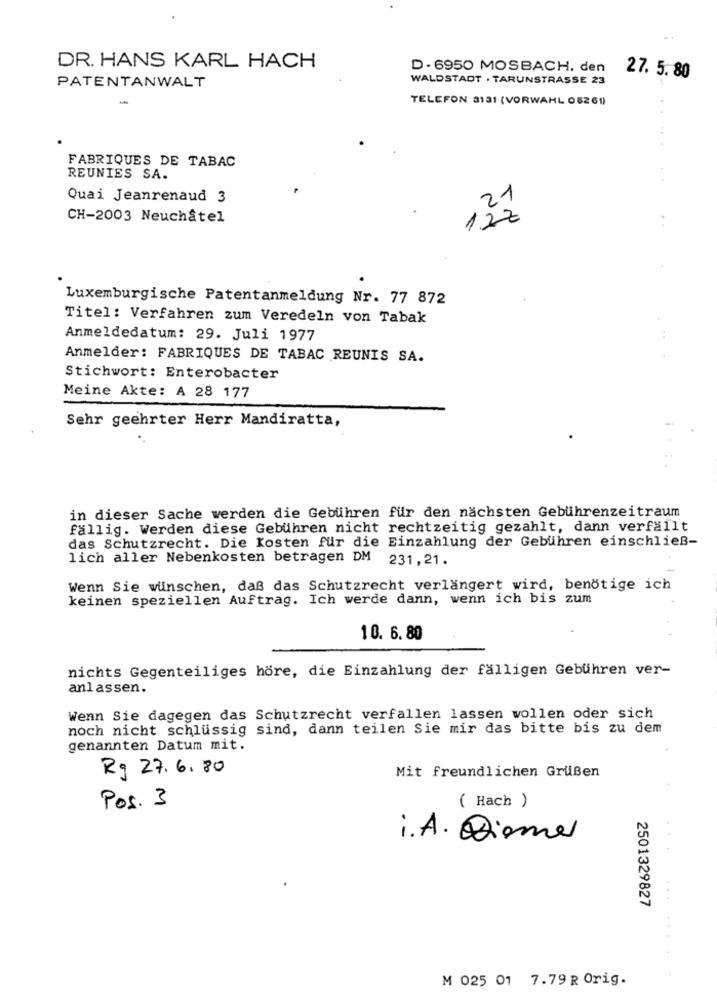
DR. HANS KARL HACH
D - 6950 MOSBACH. den
PATENTANWALT
WALDSTADT . TARUNSTRASSE 23
27. 5. 80
TELEFON 3131 (VORWAHL 05261)
..
FABRIQUES DE TABAC
REUNIES SA.
Quai Jeanrenaud 3
.21
CH-2003 Neuchâtel
122
..
Luxemburgische Patentanmeldung Nr. 77 872
Titel: Verfahren zum Veredeln von Tabak
Anmeldedatum: 29. Juli 1977
Anmelder: FABRIQUES DE TABAC REUNIS SA.
Stichwort: Enterobacter
Meine Akte: A 28 177
Sehr geehrter Herr Mandiratta,
in dieser Sache werden die Gebühren für den nächsten Gebührenzeitraum
fällig. Werden diese Gebühren nicht rechtzeitig gezahlt, dann verfällt
das Schutzrecht. Die Kosten für die Einzahlung der Gebühren einschließ-
lich aller Nebenkosten betragen DM 231,21.
Wenn Sie wünschen, daß das Schutzrecht verlängert wird, benötige ich
keinen speziellen Auftrag. Ich werde dann, wenn ich bis zum
10. 6. 80
nichts Gegenteiliges höre, die Einzahlung der fälligen Gebühren ver-
anlassen.
Wenn Sie dagegen das Schutzrecht verfallen lassen wollen oder sich
noch nicht schlüssig sind, dann teilen Sie mir das bitte bis zu dem
genannten Datum mit.
Rg 27.6.80
Mit freundlichen Grußen
Pos. 3
( Hach )
i.A. Dieme
2501329827
M 025 01 7.79 R Orig.